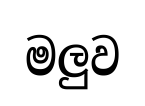
මලුව